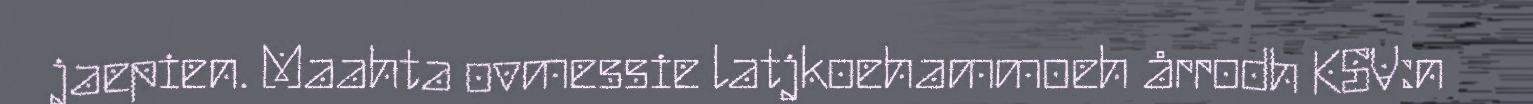
jaepien. Maahta ovmessie latjkoehammoeh årrodh KSV:n